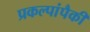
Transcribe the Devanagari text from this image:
प्रकल्पांपैकी